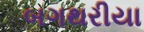
બગથરીયા